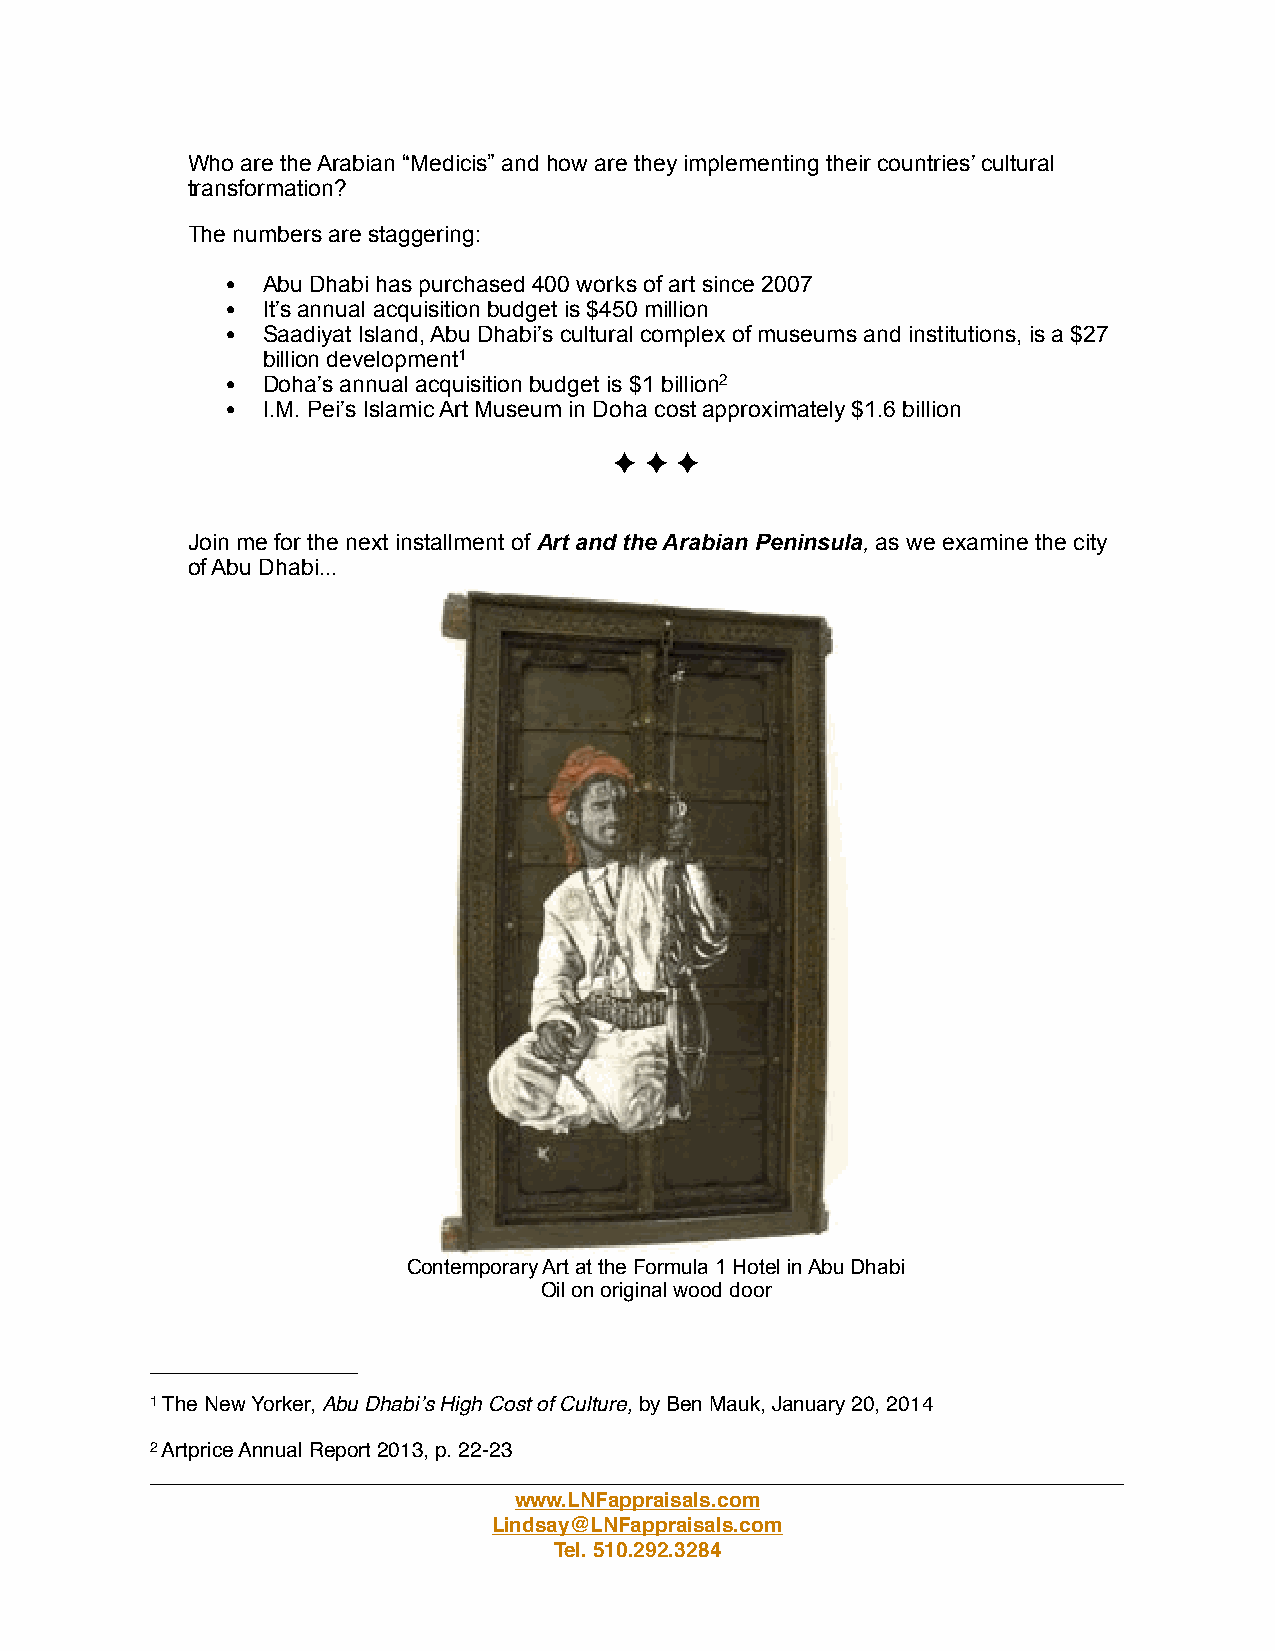
Who are the Arabian “Medicis” and how are they implementing their countries’ cultural
 transformation?
 The numbers are staggering:
 ! Abu Dhabi has purchased 400 works of art since 2007
 ! It’s annual acquisition budget is $450 million
 ! Saadiyat Island, Abu Dhabi’s cultural complex of museums and institutions, is a $27
 billion development1
 ! Doha’s annual acquisition budget is $1 billion2
 ! I.M. Pei’s Islamic Art Museum in Doha cost approximately $1.6 billion
 ! ! !
 Join me for the next installment of Art and the Arabian Peninsula, as we examine the city
 of Abu Dhabi...
 Contemporary Art at the Formula 1 Hotel in Abu Dhabi
 Oil on original wood door
 1 The New Yorker, Abu Dhabiʼs High Cost of Culture, by Ben Mauk, January 20, 2014
 2 Artprice Annual Report 2013, p. 22-23
 ____________________________________________________________________________________
 www.LNFappraisals.com
 Lindsay@LNFappraisals.com
 Tel. 510.292.3284